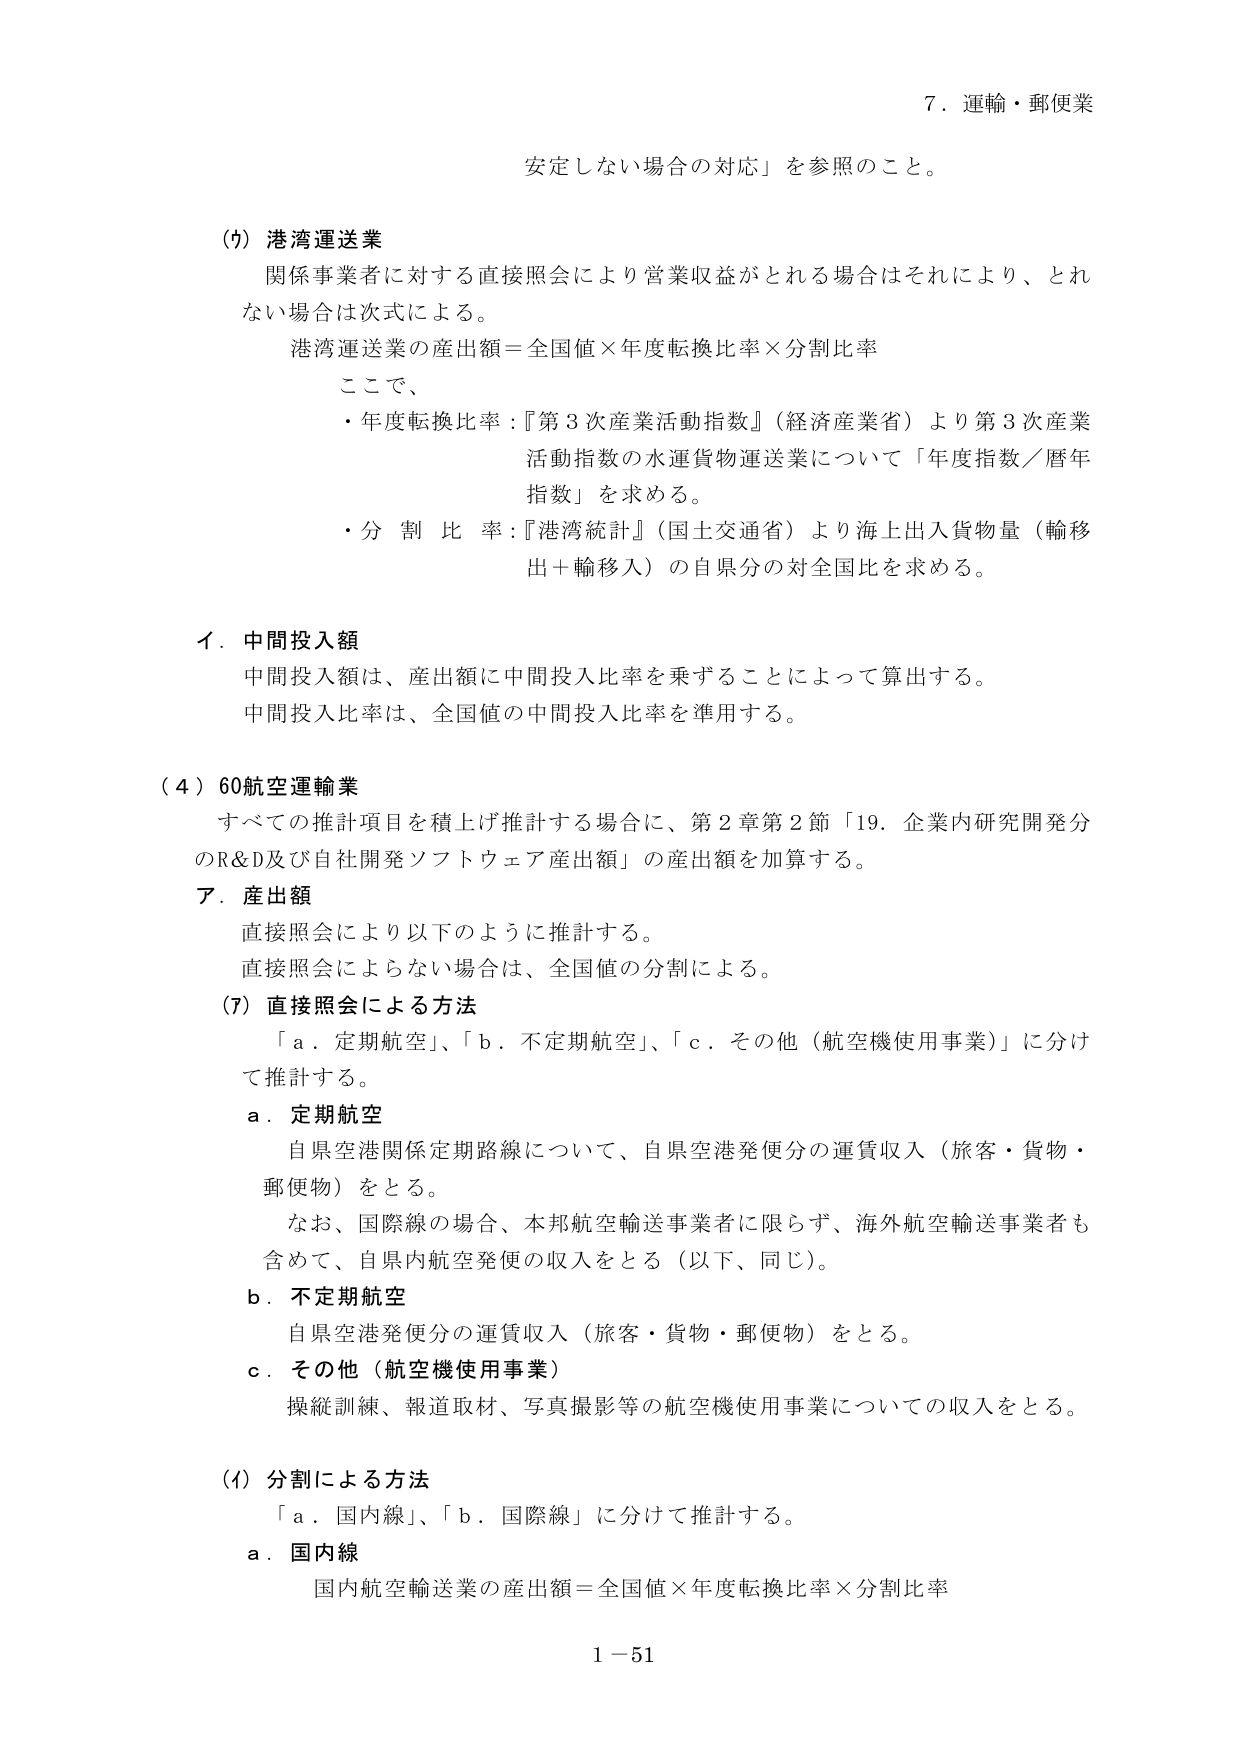
7．運輸・郵便業

安定しない場合の対応」を参照のこと。

(ｳ) 港湾運送業
関係事業者に対する直接照会により営業収益がとれる場合はそれにより、とれない場合は次式による。
港湾運送業の産出額＝全国値×年度転換比率×分割比率
ここで、
・年度転換比率：『第3次産業活動指数』（経済産業省）より第3次産業活動指数の水運貨物運送業について「年度指数／暦年指数」を求める。
・分割比率：『港湾統計』（国土交通省）より海上出入貨物量（輸移出＋輸移入）の自県分の対全国比を求める。

イ．中間投入額
中間投入額は、産出額に中間投入比率を乗ずることによって算出する。
中間投入比率は、全国値の中間投入比率を準用する。

(4) 60航空運輸業
すべての推計項目を積上げ推計する場合に、第2章第2節「19．企業内研究開発分のR&D及び自社開発ソフトウェア産出額」の産出額を加算する。

ア．産出額
直接照会により以下のように推計する。
直接照会によらない場合は、全国値の分割による。

(ｱ) 直接照会による方法
「a．定期航空」、「b．不定期航空」、「c．その他（航空機使用事業）」に分けて推計する。
a．定期航空
自県空港関係定期路線について、自県空港発便分の運賃収入（旅客・貨物・郵便物）をとる。
なお、国際線の場合、本邦航空輸送事業者に限らず、海外航空輸送事業者も含めて、自県内航空発便の収入をとる（以下、同じ）。
b．不定期航空
自県空港発便分の運賃収入（旅客・貨物・郵便物）をとる。
c．その他（航空機使用事業）
操縦訓練、報道取材、写真撮影等の航空機使用事業についての収入をとる。

(ｲ) 分割による方法
「a．国内線」、「b．国際線」に分けて推計する。
a．国内線
国内航空輸送業の産出額＝全国値×年度転換比率×分割比率

1－51